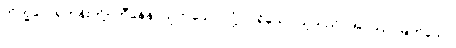
ဘိက္ခဝေ၊ ရဟန်းတို့။ ဟီနေန၊ ယုတ်သော လုံ့လ ရှိသော သူသည်။ အဂ္ဂဿ၊ မြတ်သော